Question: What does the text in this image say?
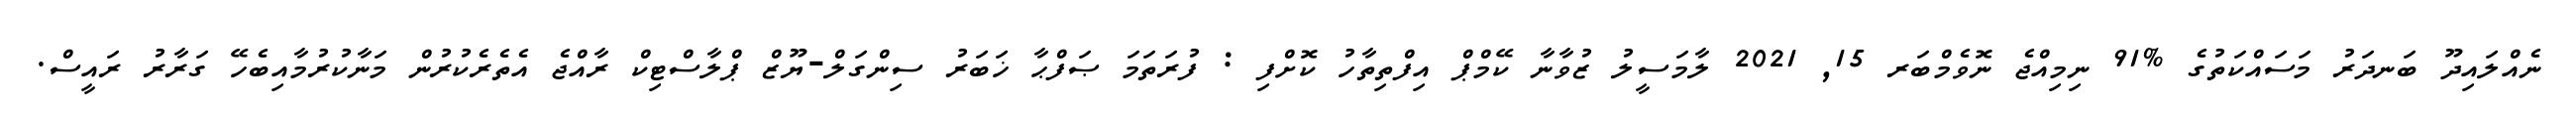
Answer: ނެއްލައިދޫ ބަނދަރު މަސައްކަތުގެ %91 ނިމިއްޖެ ނޮވެމްބަރ 15, 2021 ލާމަސީލު ޒުވާނާ ކޭމްޕް އިފްތިތާހު ކޮށްފި : ފުރަތަމަ ޞަފްޙާ ޚަބަރު ސިންގަލް-ޔޫޒް ޕްލާސްޓިކް ރާއްޖެ އެތެރެކުރުން މަނާކުރުމާއިބެހޭ ގަރާރު ރައީސް.